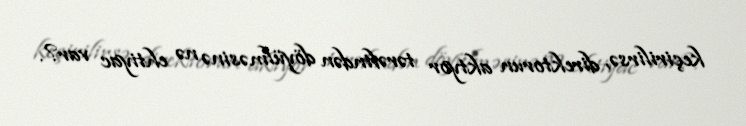
keçirilirsə, direktorun aktyor tərəfindən döyülməsinə nə ehtiyac var?.